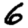
Digit: 6